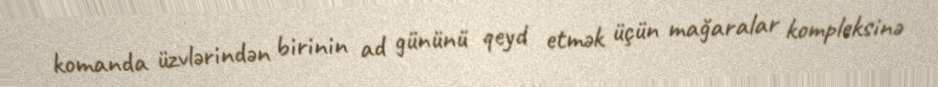
komanda üzvlərindən birinin ad gününü qeyd etmək üçün mağaralar kompleksinə